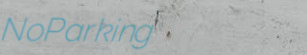
NoParking